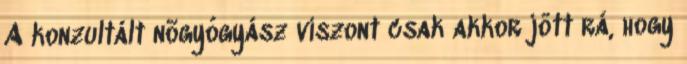
A konzultált nõgyógyász viszont csak akkor jött rá, hogy